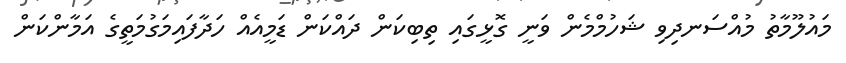
މައުލޫމާތު މުއްސަނދިވި ޝަހުމްމެން ވަނީ ގޮޅީގައި ތިބިކަން ދައްކަން ޑަމީއެއް ހަދާފައިމަގުމަތީގެ އަމާންކަން